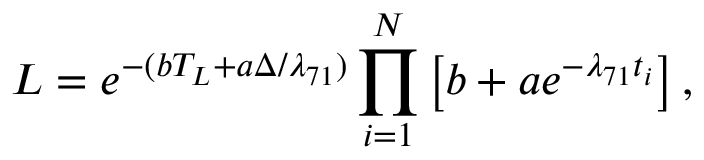
{ \cal L } = e ^ { - ( b T _ { L } + a \Delta / \lambda _ { 7 1 } ) } \prod _ { i = 1 } ^ { N } \left[ b + a e ^ { - \lambda _ { 7 1 } t _ { i } } \right] ,